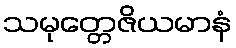
သမုတ္တေဇိယမာနံ